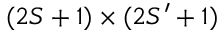
( 2 S + 1 ) \times ( 2 S ^ { \prime } + 1 )